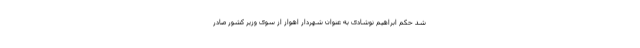
شد حکم ابراهیم نوشادی به عنوان شهردار اهواز از سوی وزیر کشور صادر